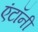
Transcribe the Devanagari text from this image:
एंटॉनी